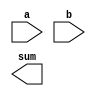
module top_module (
    input [31:0] a,
    input [31:0] b,
    output [31:0] sum
    // Insert your code here
);//

endmodule